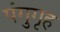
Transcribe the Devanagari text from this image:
पंगुगृह